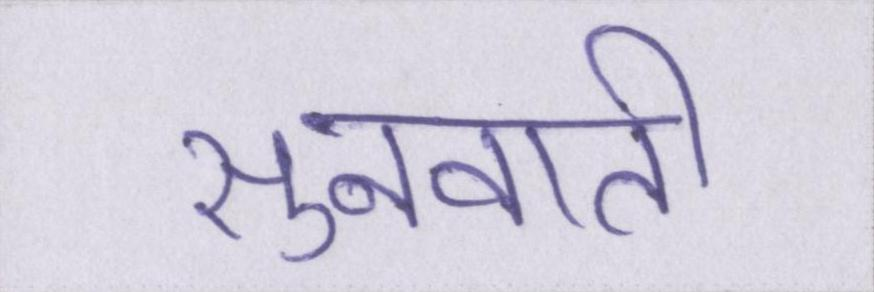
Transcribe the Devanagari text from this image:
सुनवाती